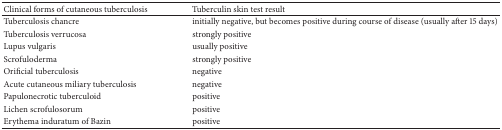
<table><thead><tr><td><b>Clinical forms of cutaneous tuberculosis</b></td><td><b>Tuberculin skin test result</b></td></tr></thead><tbody><tr><td>Tuberculosis chancre</td><td>initially negative, but becomes positive during course of disease (usually after 15 days)</td></tr><tr><td>Tuberculosis verrucosa</td><td>strongly positive</td></tr><tr><td>Lupus vulgaris</td><td>usually positive</td></tr><tr><td>Scrofuloderma</td><td>strongly positive</td></tr><tr><td>Orificial tuberculosis</td><td>negative</td></tr><tr><td>Acute cutaneous miliary tuberculosis</td><td>negative</td></tr><tr><td>Papulonecrotic tuberculoid</td><td>positive</td></tr><tr><td>Lichen scrofulosorum</td><td>positive</td></tr><tr><td>Erythema induratum of Bazin</td><td>positive</td></tr></tbody></table>